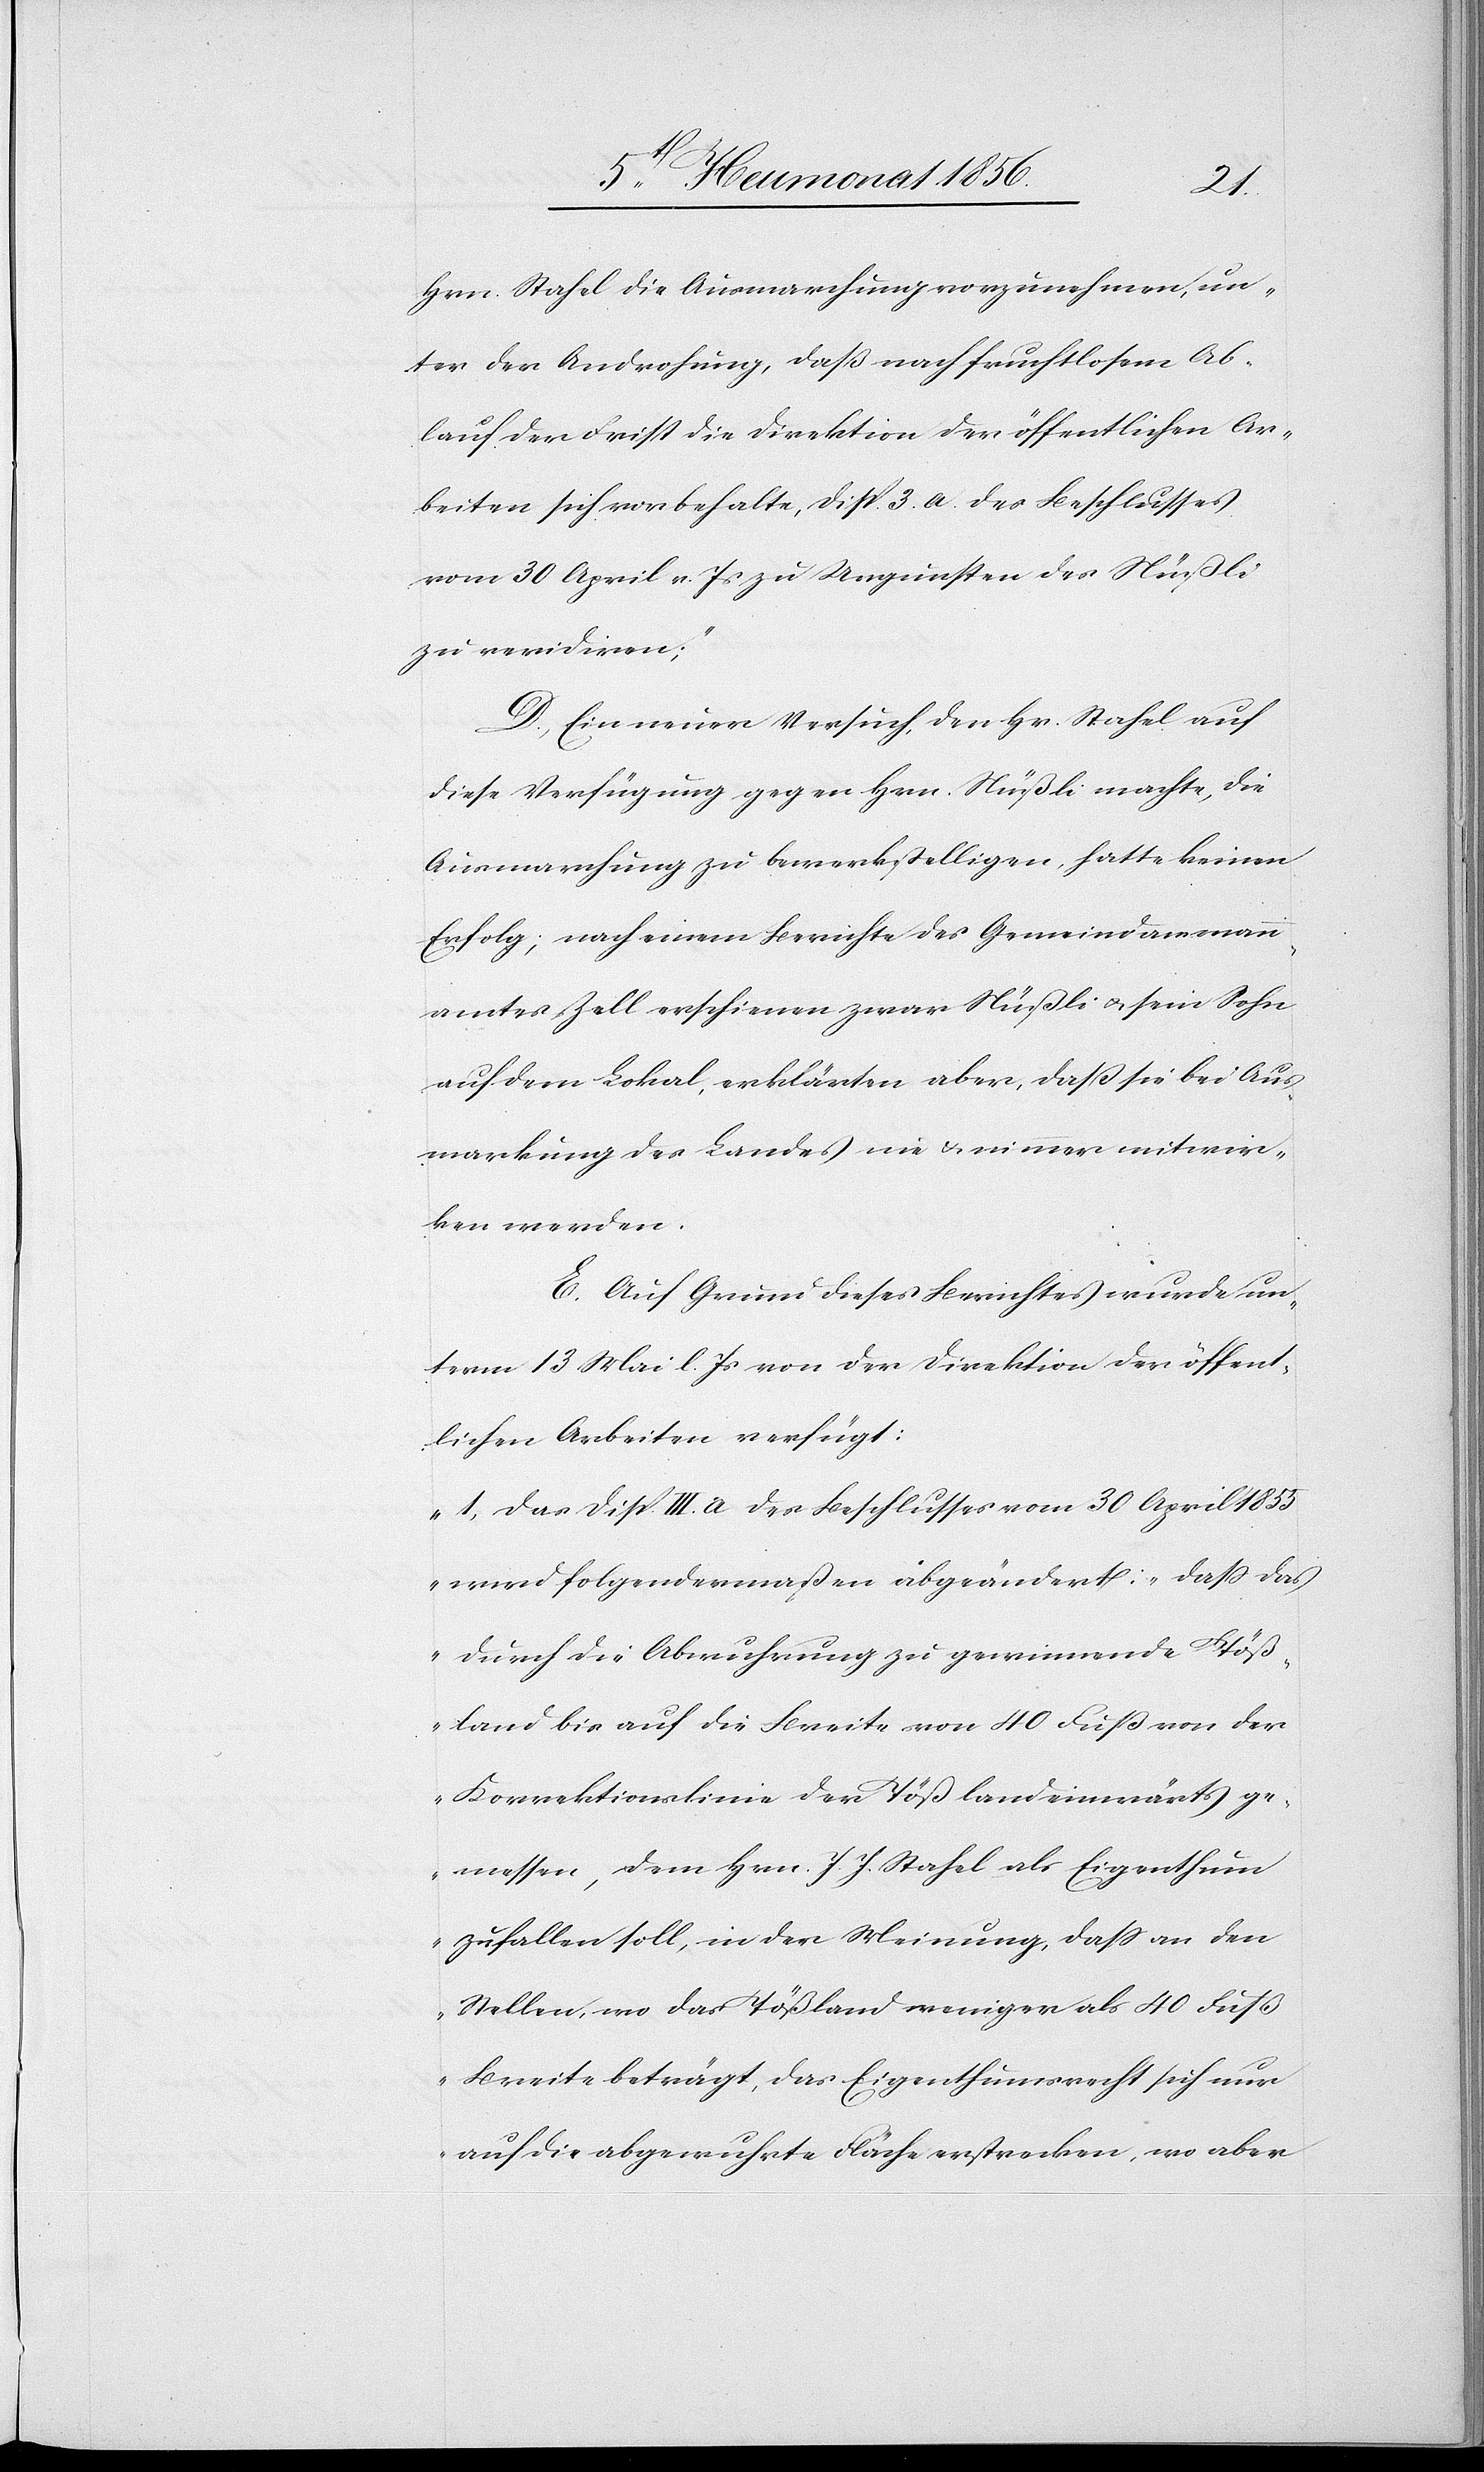
Hrn. Stahel die Ausmarchung vorzunehmen, un¬
ter der Androhung, daß nach fruchtlosem Ab¬
lauf der Frist die Direktion der öffentlichen Ar¬
beiten sich vorbehalte, Disp. 3. a. des Beschlusses
vom 30 April v. Js zu Ungunsten des Nüßli
zu revidiren;"
D. Ein neuer Versuch, den Hrn. Stahel auf
diese Verfügung gegen Hrn. Nüßli machte, die
Ausmarchung zu bewerkstelligen, hatte keinen
Erfolg; nach einem Berichte des Gemeindammann¬
amtes Zell erschienen zwar Nüßli u. sein Sohn
auf dem Lokal, erklärten aber, dass sie bei Aus¬
markung des Landes nie & nimmer mitwir¬
ken werden.
E. Auf Grund dieses Berichtes wurde un¬
term 13 Mai l. Js von der Direktion der öffent¬
lichen Arbeiten verfügt:
„1.) Das Disp. III. a des Beschlusses vom 30 April 1855
wird folgendermaßen abgeändert: „dass das
durch die Abwuhrung zu gewinnende Töß¬
land bis auf die Breite von 40 Fuß von der
Korrektionslinie der Töß landeinwärts ge¬
messen, dem Hrn. J. J. Stahel als Eigenthum
zufallen soll, in der Meinung, dass an den
Stellen, wo das Tößland weniger als 40 Fuß
Breite beträgt, das Eigenthumsrecht sich nur
auf die abgewuhrte Fläche erstrecken, wo aber